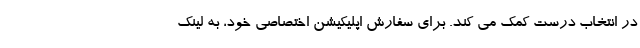
در انتخاب درست کمک می کند. برای سفارش اپلیکیشن اختصاصی خود، به لینک